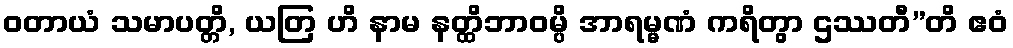
ဝတာယံ သမာပတ္တိ, ယတြ ဟိ နာမ နတ္ထိဘာဝမ္ပိ အာရမ္မဏံ ကရိတွာ ဌဿတီ”တိ ဧဝံ